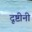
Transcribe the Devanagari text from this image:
दृष्टीनी